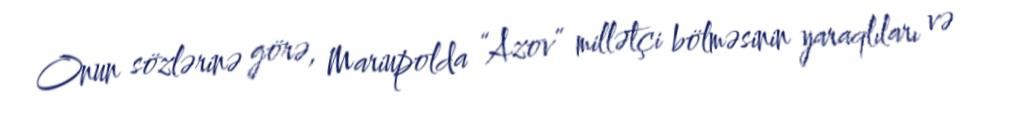
Onun sözlərinə görə, Mariupolda “Azov” millətçi bölməsinin yaraqlıları və